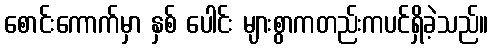
စောင်းကောက်မှာ နှစ် ပေါင်း များစွာကတည်းကပင်ရှိခဲ့သည်။